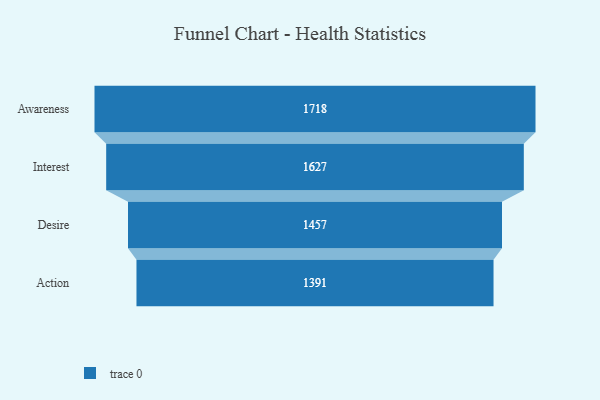
{"axis": {"x": "Stage", "y": "Value"}, "legend": [""], "data": [{"x": "Awareness", "y": 1718.0, "type": ""}, {"x": "Interest", "y": 1627.0, "type": ""}, {"x": "Desire", "y": 1457.0, "type": ""}, {"x": "Action", "y": 1391.0, "type": ""}]}